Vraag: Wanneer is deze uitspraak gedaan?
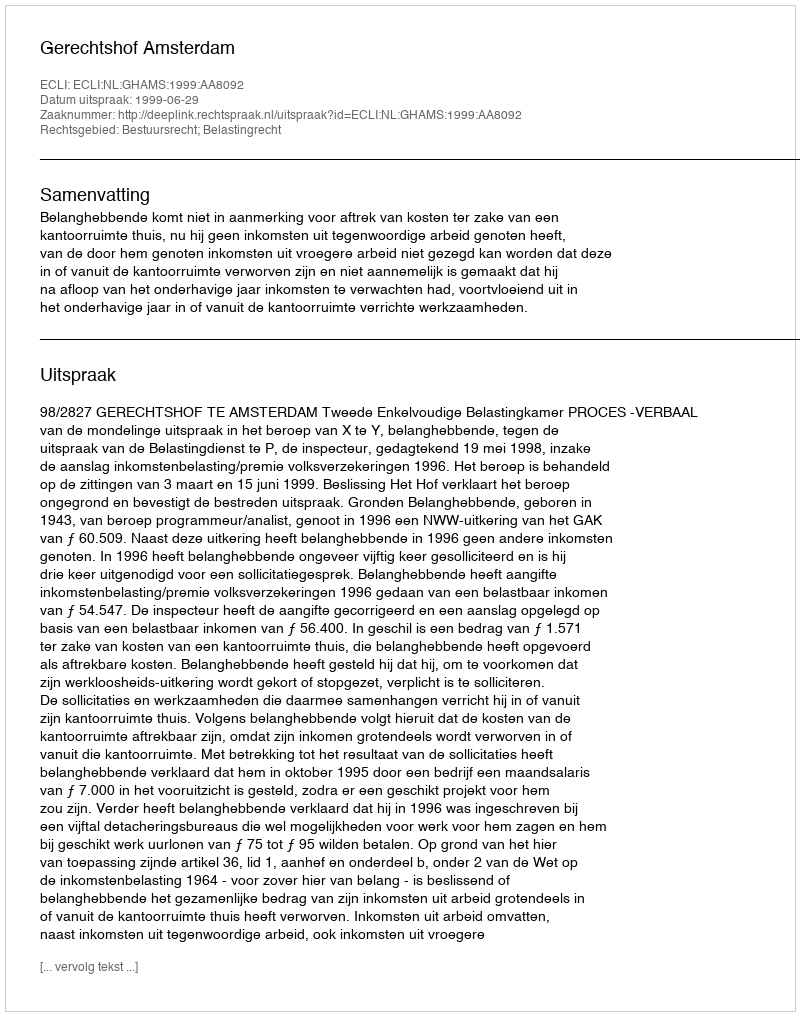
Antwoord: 1999-06-29